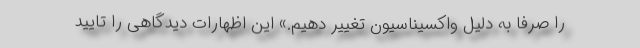
را صرفا به دلیل واکسیناسیون تغییر دهیم.» این اظهارات دیدگاهی را تایید